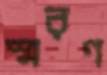
স্মরণ